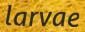
larvae